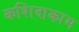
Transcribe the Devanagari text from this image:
कशिदाकाम